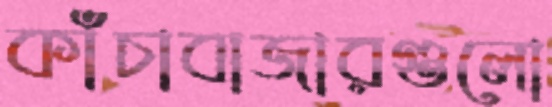
কাঁচাবাজারগুলো